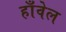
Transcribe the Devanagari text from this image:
हाँवेल